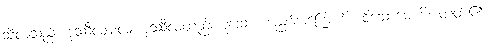
သီလသည်။ ဒုဿီလျမလံ၊ ဒုဿီလတည်းဟူသော အညစ်အကြေးကို။ ဝိသောဓေဟိ၊ တတ်၏။